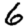
Digit: 6